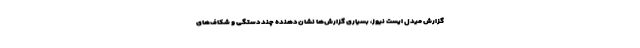
گزارش میدل ایست نیوز، بسیاری گزارش‌ها نشان‌دهنده چنددستگی و شکاف‌های